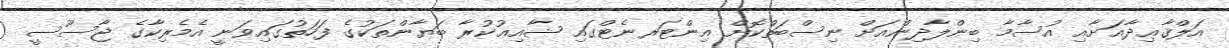
އަލްޤާޢިދާއަށާއި އުސާމާ ބިންލާދިންއަށް ނިސްބަތްކޮށް އިންޓަރނެޓްގައި ޝާއިޢުކުރާ ބަޔާންތަކުގެ ފަހަތުގައިވަނީ އެމެރިކާގެ ޖާސޫސީ